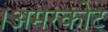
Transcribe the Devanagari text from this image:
।अमरकोट